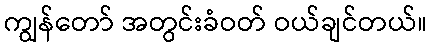
ကျွန်တော် အတွင်းခံဝတ် ဝယ်ချင်တယ်။